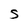
Character: S